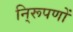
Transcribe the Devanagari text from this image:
नि्रूपणों